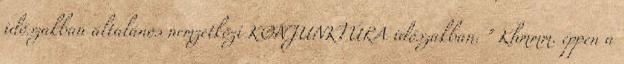
időszakban általános nemzetközi KONJUNKTÚRA időszakban. " Khmmm. éppen a